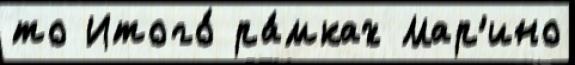
то Итого́ ра́мках Мар'ино